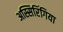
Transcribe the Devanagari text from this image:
अस्सिरिंगिया